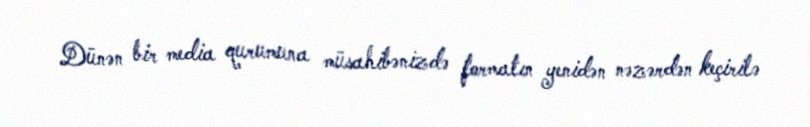
Dünən bir media qurumuna müsahibənizdə formatın yenidən nəzərdən keçirilə